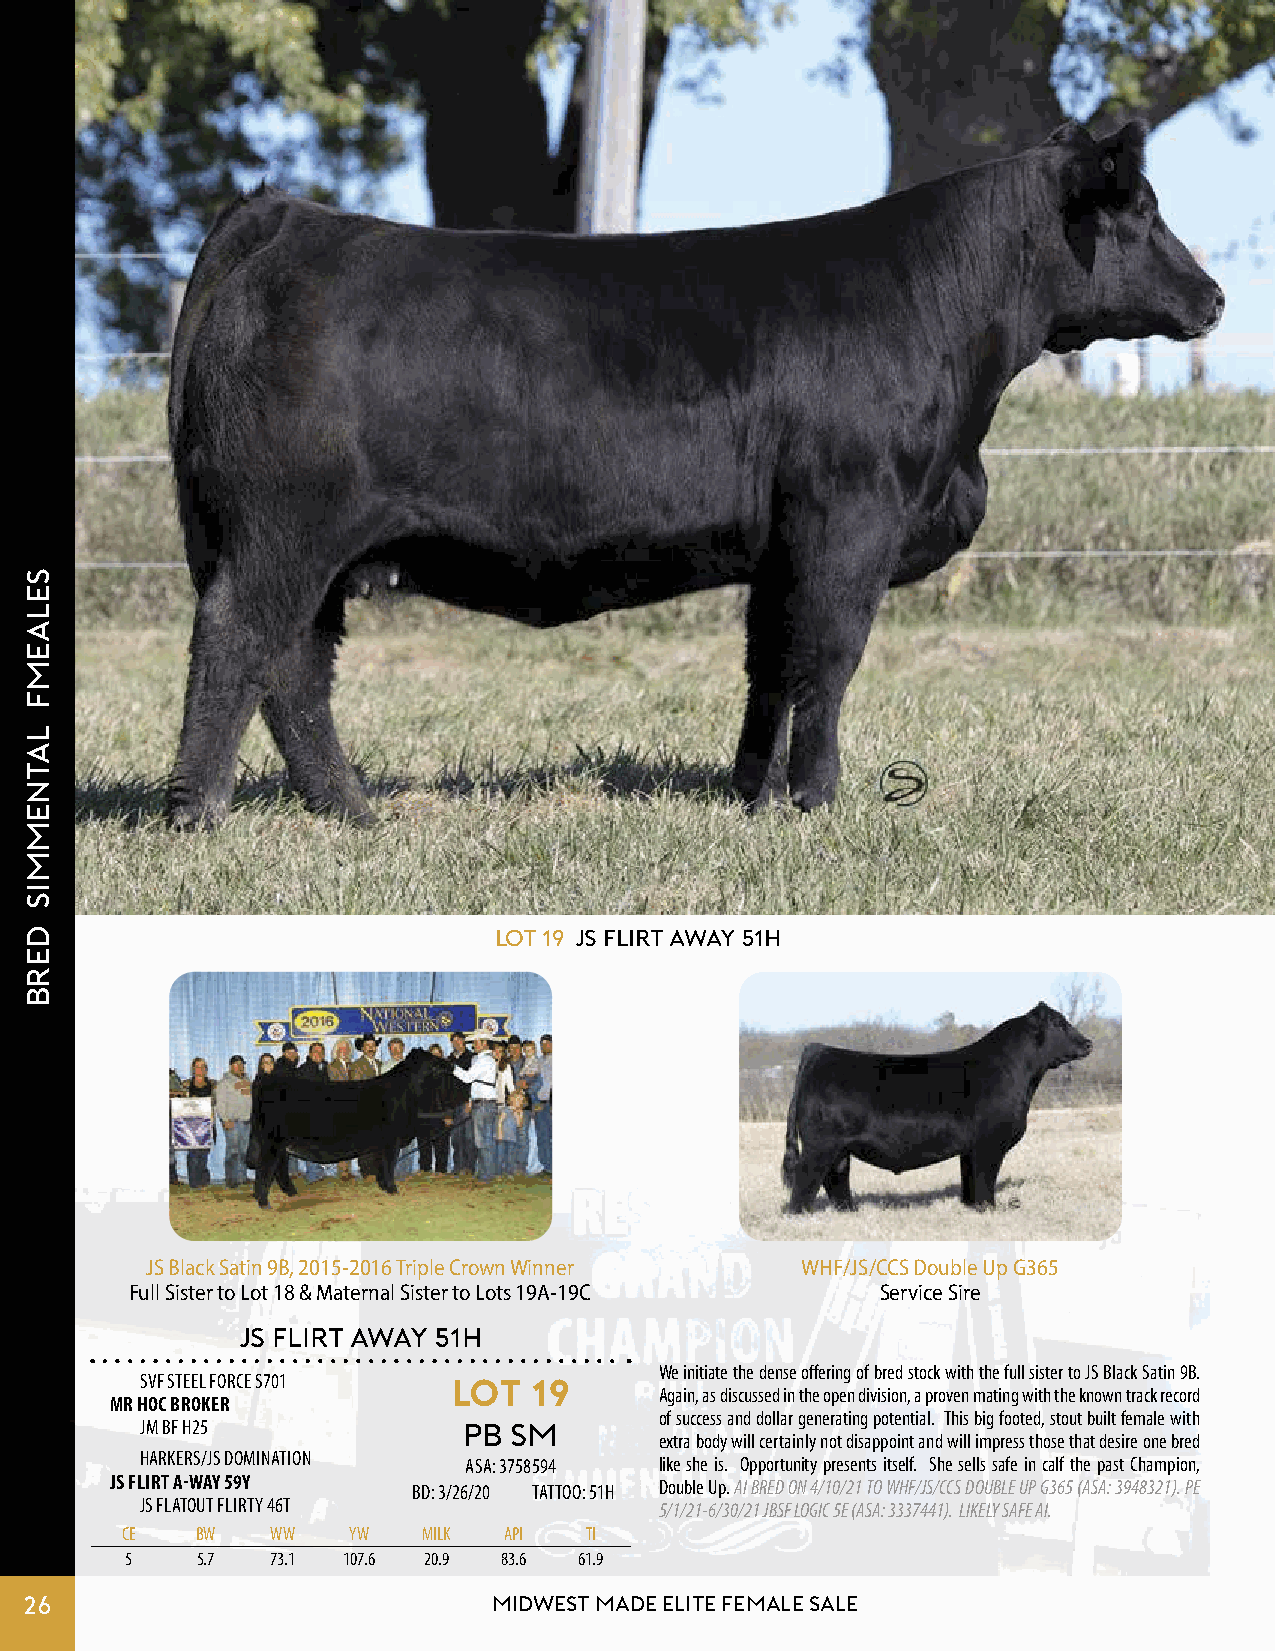
Lot 19 JS FLIRT AWAY 51H
 JS Black Satin 9B, 2015-2016 Triple Crown Winner WHF/JS/CCS Double Up G365
 Full Sister to Lot 18 & Maternal Sister to Lots 19A-19C Service Sire
 JS FLIRT AWAY 51H
 We initiate the dense offering of bred stock with the full sister to JS Black Satin 9B.
 SVF STEEL FORCE S701 LOT  19
 Again, as discussed in the open division, a proven mating with the known track record
 MR HOC BROKER
 of success and dollar generating potential. This big footed, stout built female with
 JM BF H25             PB SM
 extra body will certainly not disappoint and will impress those that desire one bred
 HARKERS/JS DOMINATION ASA: 3758594 like she is. Opportunity presents itself. She sells safe in calf the past Champion,
 JS FLIRT A-WAY 59Y  BD: 3/26/20 TATTOO: 51H Double Up. AI BRED ON 4/10/21 TO WHF/JS/CCS DOUBLE UP G365 (ASA: 3948321). PE
 JS FLATOUT FLIRTY 46T              5/1/21-6/30/21 JBSF LOGIC 5E (ASA: 3337441). LIKELY SAFE AI.
 CE   BW   WW   YW   MILK API   TI
 5    5.7  73.1 107.6 20.9 83.6 61.9
 26                             MIDWEST MADE ELITE FEMALE SALE
 selaemf
 latnemmis
 derb